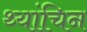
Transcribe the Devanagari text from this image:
थ्यांचिन